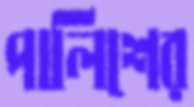
পালিশের